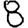
Digit: 8